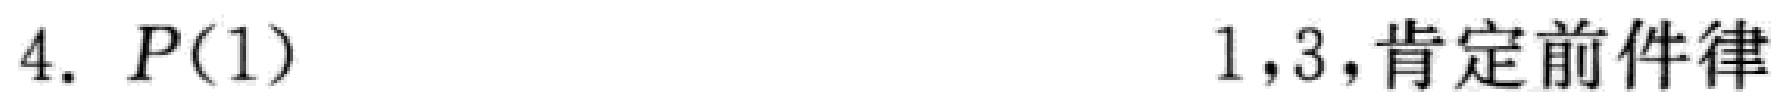
4. \(P(1)\)  1,3,肯定前件律